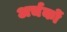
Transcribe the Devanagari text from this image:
अर्चकों